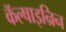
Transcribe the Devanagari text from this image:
कॅल्षाइन्रिन